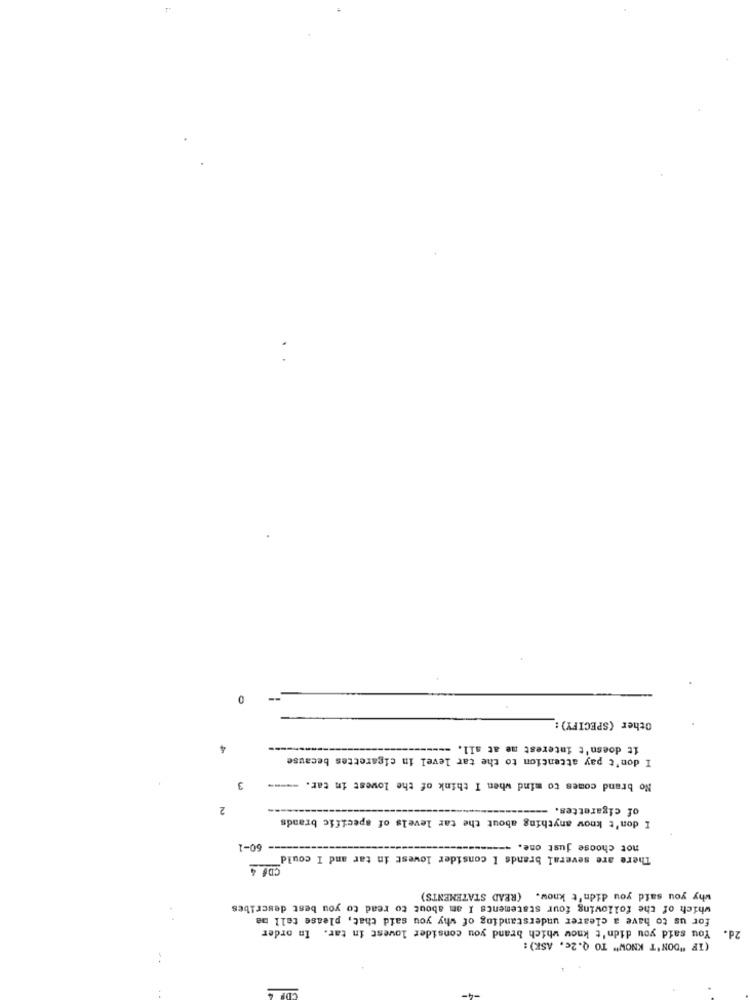
0
Other (SPECIFY) :
4
it doesn't interest me at all. ----
I don't pay attention to the tar level in cigarettes because
3
No brand comes to mind when I think of the lowest in tar. -----
2
of cigarettes. -
I don't know anything about the tar levels of specific brands
-- 60-1
not choose just one. ----
There are several brands I consider lowest in tar and I could"
CD6 4
why you said you didn't know. (READ STATEMENTS)
which of the following four statements I am about to read to you best describes
for us to have a clearer understanding of why you said that, please tell me
You said you didn't know which brand you consider lowest in tar. In order
20.
(IF "DON'T KNOW" TO Q.2c. ASK):